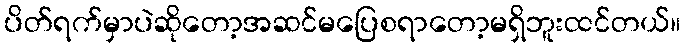
ပိတ်ရက်မှာပဲဆိုတော့အဆင်မပြေစရာတော့မရှိဘူးထင်တယ်။